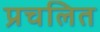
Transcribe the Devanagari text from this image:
प्रचलित